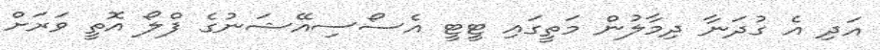
އަދި އެ ގުދަނާ ދިމާލުން މަތީގައި ޓީޓީ އެސޯސިއޭޝަނުގެ ފްލޯ އޮތީ ވަރަށް